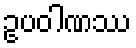
ဥပဝါဏဿ